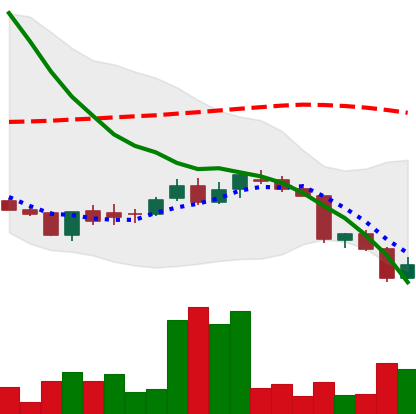
Ticker: DOGE-USD
Chart end date: 2018-06-14
Forward return: 3.023%
Label: up_3_5